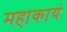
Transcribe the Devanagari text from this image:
महाकायं